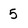
Character: 5